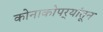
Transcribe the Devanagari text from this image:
कोनाकोपर्‍यांतून